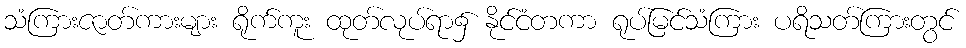
သံကြားဇာတ်ကားများ ရိုက်ကူး ထုတ်လုပ်ရာ၌ နိုင်ငံတကာ ရုပ်မြင်သံကြား ပရိသတ်ကြားတွင်